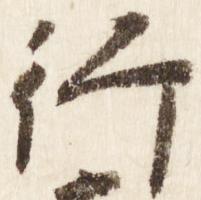
行